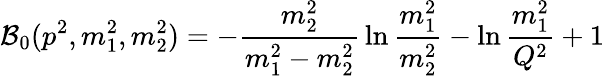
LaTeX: {\cal B}_{0}(p^{2},m_{1}^{2},m_{2}^{2})=-{\frac{m_{2}^{2}}{m_{1}^{2}-m_{2}^{2}}}\ln{\frac{m_{1}^{2}}{m_{2}^{2}}}-\ln{\frac{m_{1}^{2}}{Q^{2}}}+1